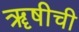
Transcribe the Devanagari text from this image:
ॠषीची